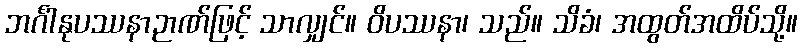
ဘင်္ဂါနုပဿနာဉာဏ်ဖြင့် သာလျှင်။ ဝိပဿနာ၊ သည်။ သိခံ၊ အထွတ်အထိပ်သို့။